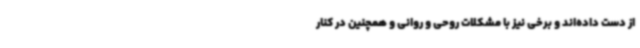
از دست داده‌اند و برخی نیز با مشکلات روحی و روانی و همچنین در کنار